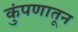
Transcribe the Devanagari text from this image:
कुंपणातून